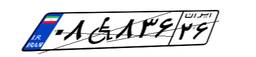
۰۸W۸۳۶۲۶